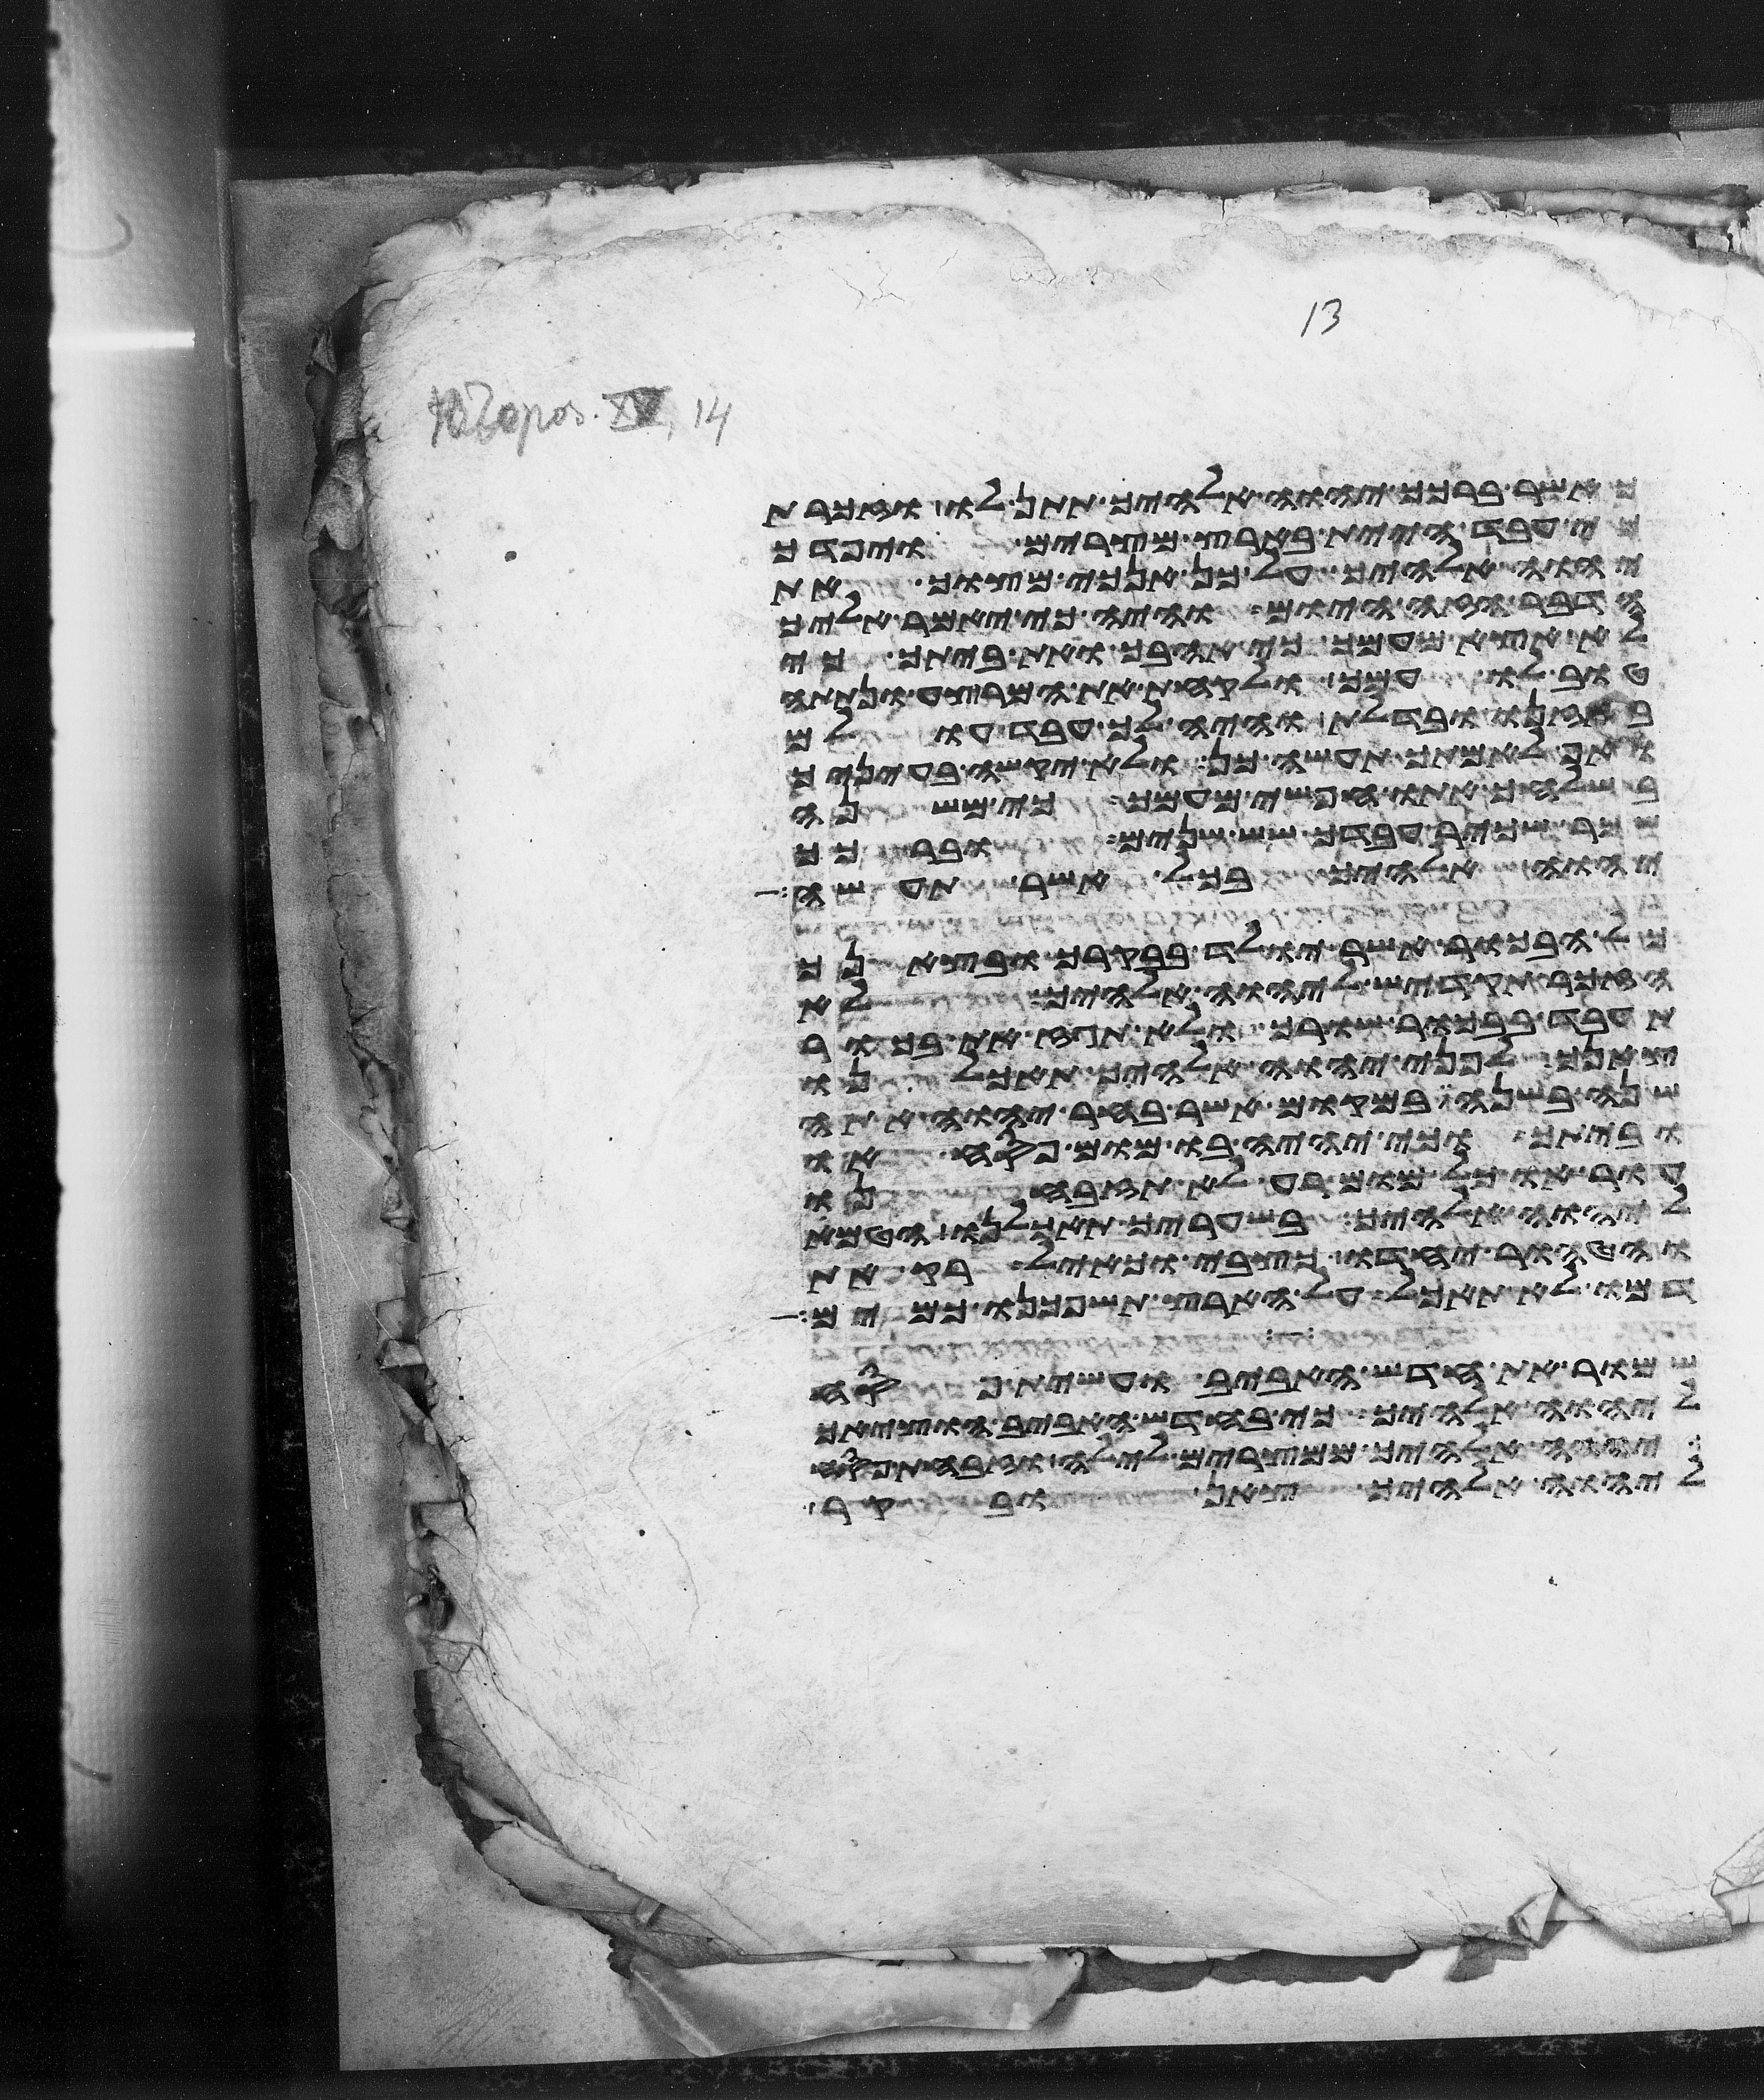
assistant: כאשר ברכך יהוה אלהיך תתן לו וזכרת
עבד היית בארץ מצרים ויפדך
יהוה אלהיך על כן אנכי מצוך את
הדבר הזה היום והיה כי יאמר אליך
לא אצא מעמך כי אהבך ואת ביתך כי
טוב לו עמך ולקחת את המרצע ונתתה
באזנו ובדלת והיה לך עבד עולם
ואף לאמתך תעשה כן ולא יקשה בעיניך
בשלחך אתו חפשי מעמך כי משנה
שכר שכיר עבדך שש שנים וברכך
יהוה אלהיך בכל אשר תעשה
כל הבכור אשר יולד בבקרך ובצאנך
הזכר תקדיש ליהוה אלהיך לא
תעבד בבכור שורך ולא תגז את בכור
צאנך לפני יהוה אלהיך תאכלנו
שנה בשנה במקום אשר בחר יהוה אתה
וביתך וכי יהיה בו מום פסח או
עור או כל מום רע לא תזבחנו
ליהוה אלהיך בשעריך תאכלנו הטמא
והטהור יחדו כצבי וכאיל רק את
דמו לא תאכל על הארץ תשפכנו כמים
שמור את חדש האביב ועשית פסח
ליהוה אלהיך כי בחדש האביב הוציאך
יהוה אלהיך ממצרים לילה וזבחת פסח
ליהוה אלהיך צאן ובקר